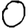
Digit: 0